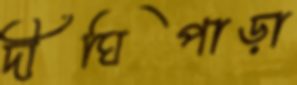
দীঘিপাড়া